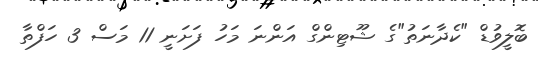
ބޮލީވުޑް "ކެދާނަތު"ގެ ޝޫޓިންގް އަންނަ މަހު ފަށަނީ 11 މަސް 3 ހަފްތާ